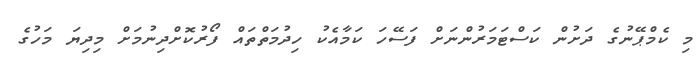
މި ކެމްޕޭނުގެ ދަށުން ކަސްޓަމަރުންނަށް ފަސޭހަ ކަމާއެކު ހިދުމަތްތައް ފޯރުކޮށްދިނުމަށް މިދިޔަ މަހުގެ